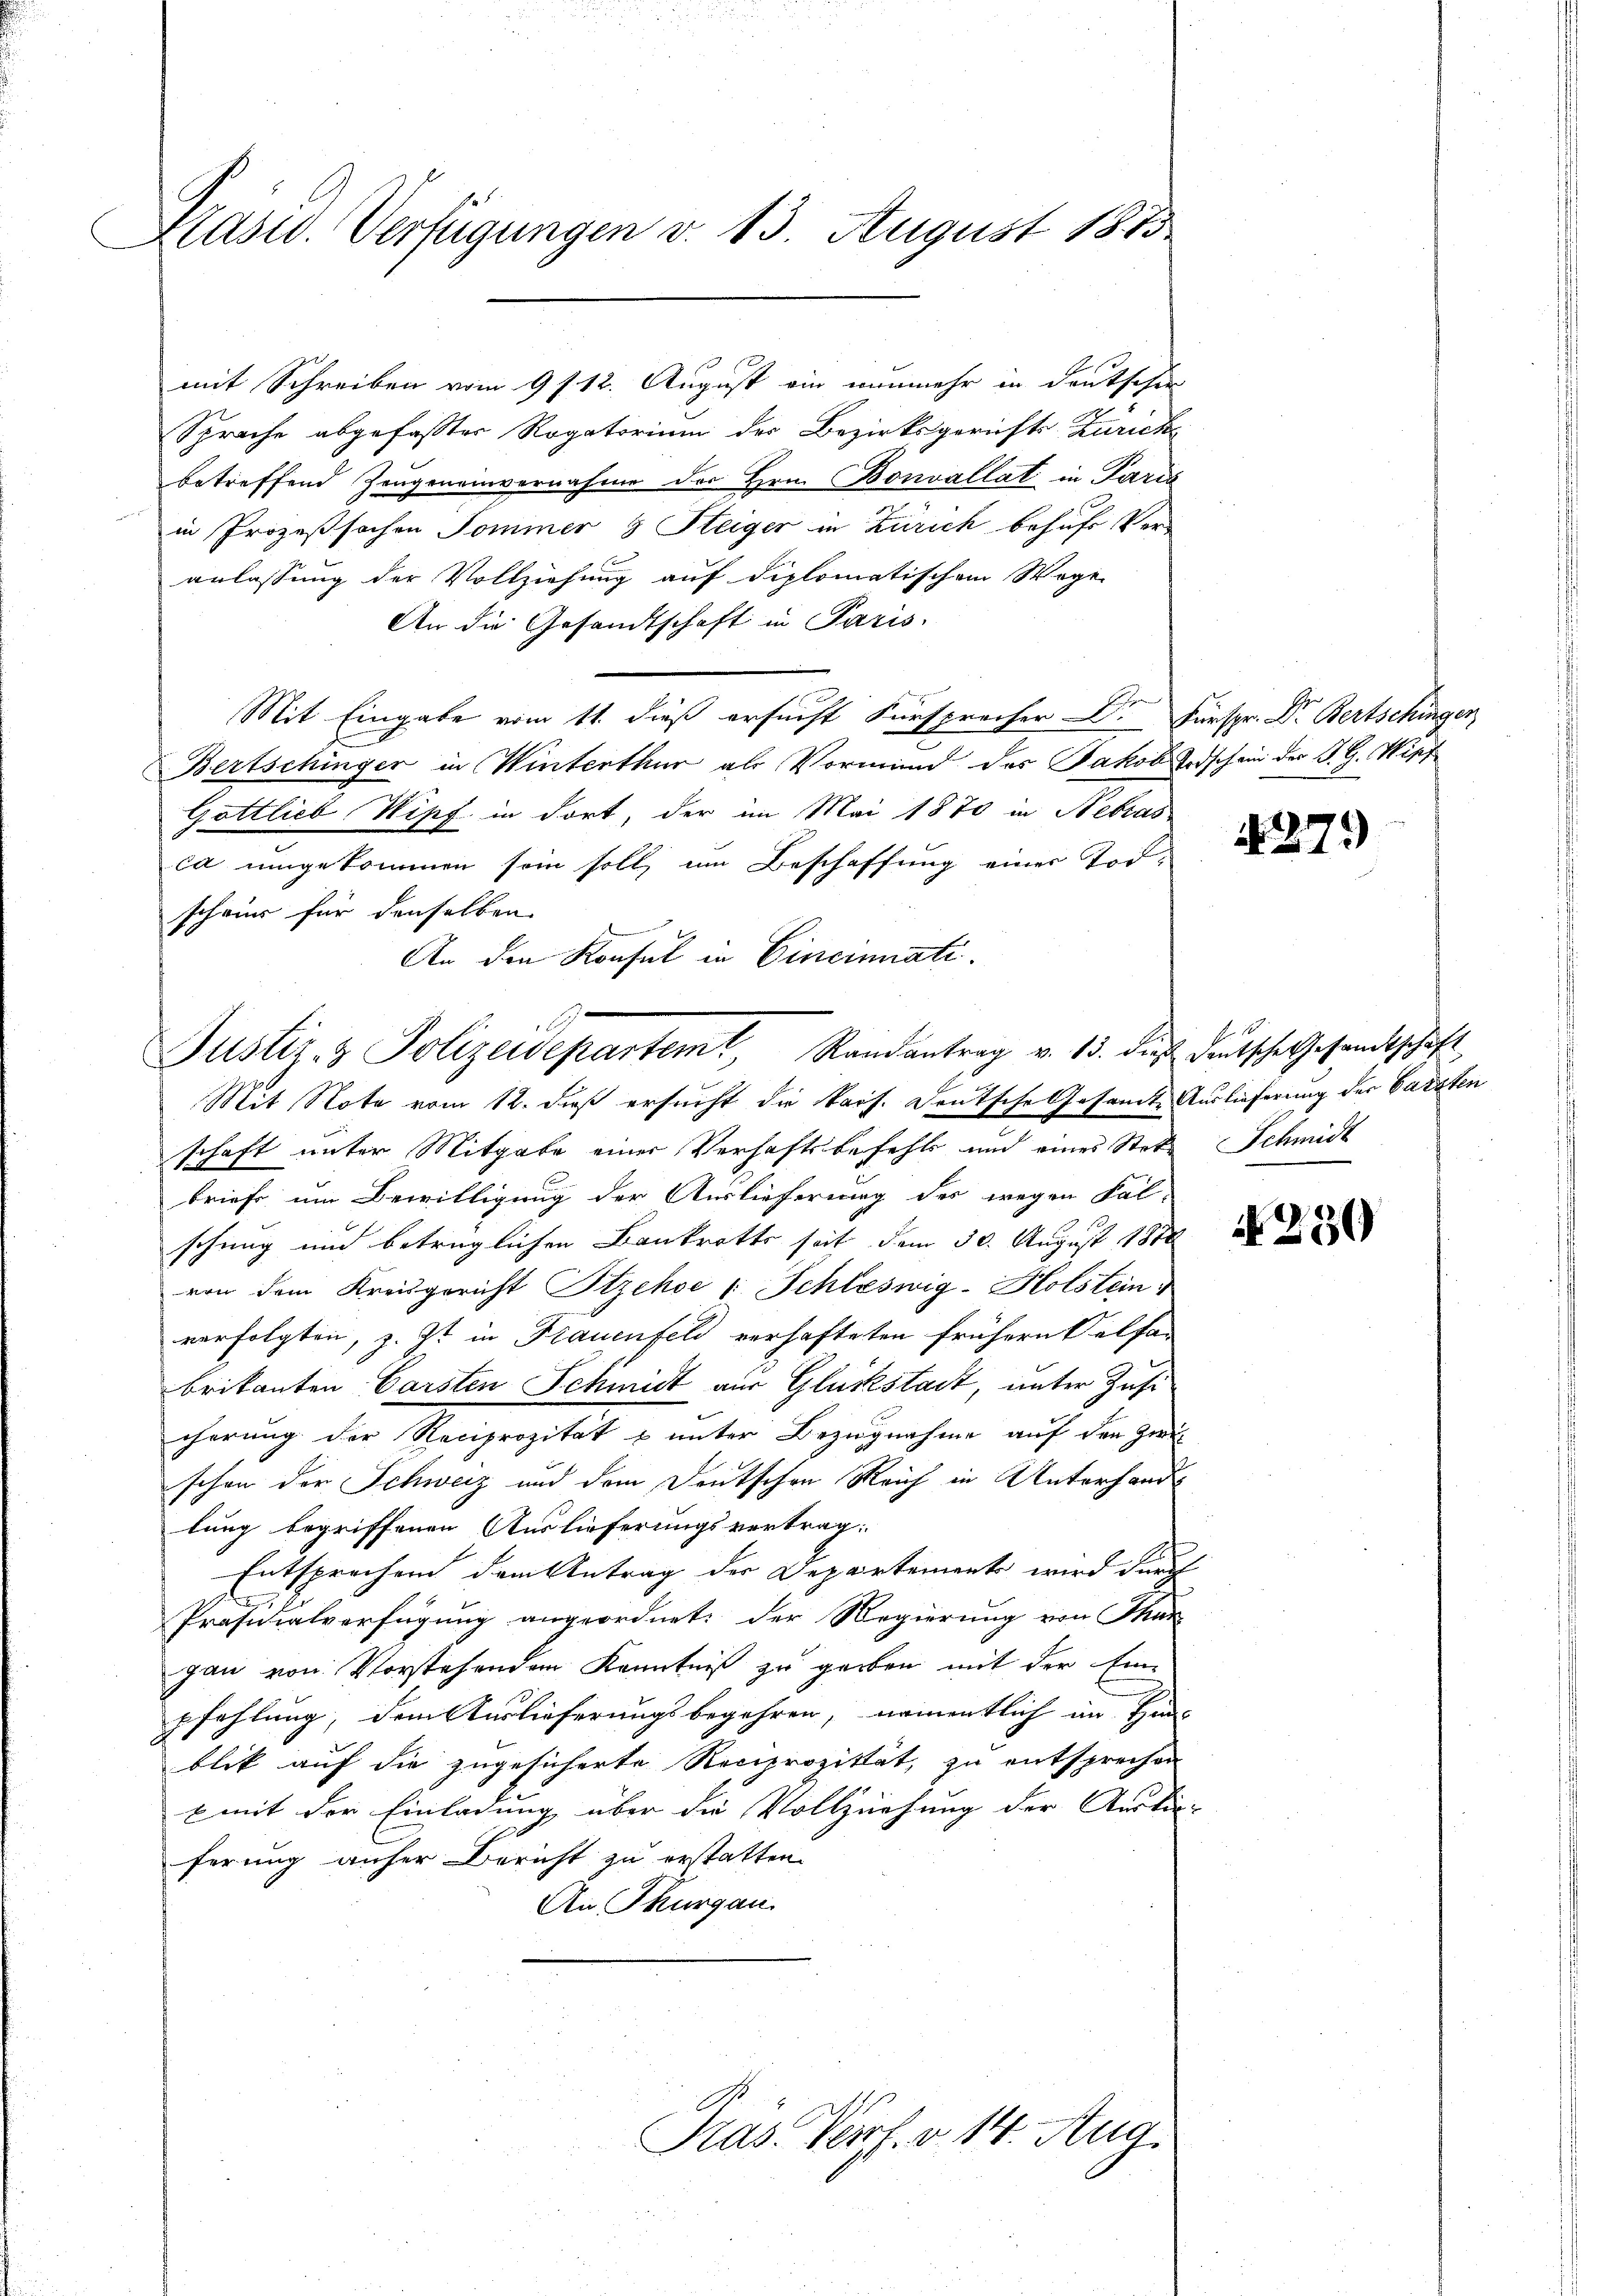
Kasid. Verfügungen v. 13. August 1873.

Sprache abgefasster Rogatorium des Bezirksgerichts Zürich
betreffend Zeugeneinvernahme der Hrn. Bonvallat in Paris
in Prozeßsachen Sommer 3 Steiger in Zürich behufs Veranlassung der Vollziehung auf diplomatischem Wege
An die Gesandtschaft in Paris
Mit Eingabe vom 11. dieß ersucht Fürsprecher Dr. Fürspr. Dr. Bertschingen
Bertschinger in Winterthur als Vormund das Jakob Todschein der J. G. Wipf
Gattlieb Wipf in dort, der im Mai 1870 in Nebras
ca umgekommen sein soll, im Beschaffung einer Todschwer für denselben
An den Konsul in Cincinati

mit Schreiben vom 9 f 12. August ein nunmehr in deutschen

Justiz- & Polizeidepartemt, Randantrag v. 13. de
Mit Note vom 12. daß ersucht die kais. Deutsche Gesamte Auslieferung der Carsten

Präs. Verl. v. 14. Aug.

schaft unter Mitgabe einer Verhaftsbefehls und eines Stoke Schmidt
briefe um Bewilligung der Auslieferung des wegen Fal-
schung und betrüglichen Bankrotts seit dem 30. August 1880
von dem Kreisgericht Stzehoe 1 Schleswig-Holstein,
verfolgten, z. Zt. in Frauenfeld verhafteten frühern Selfa-
brikanten Carsten Schmidt aus Glückstadt, unter Zusi
cherung der Reciprozität & unter Bezugnahme auf den Zwei
schon der Schweiz und dem Deutschen Reich in Unterhandlung begriffenen Auslieferungsvertrag:
Entsprechen dem Antrag der Departemente wird durch
Präsidialverfügung angeordnet, der Regierung von Thur
gau von Vorstehenden Kenntniß zu geben mit der Ein-
pfehlung, dem Auslieferungsbegehren, namentlich im Hins
blik auf die zugesicherte Reciprozität, zu entsprechen
x mit der Einladung über die Vollziehung der Auskün-
ferung anher Bericht zu erstatten.
An Thurgau.

271)

deutsche Gesandtschaft

N 250